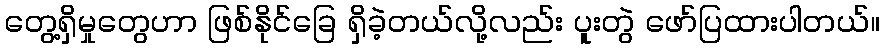
တွေ့ရှိမှုတွေဟာ ဖြစ်နိုင်ခြေ ရှိခဲ့တယ်လို့လည်း ပူးတွဲ ဖော်ပြထားပါတယ်။